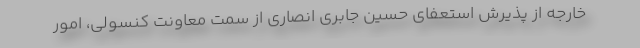
خارجه از پذیرش استعفای حسین جابری انصاری از سمت معاونت کنسولی، امور